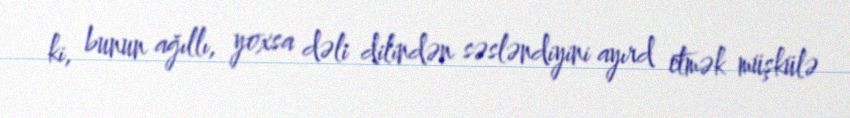
ki, bunun ağıllı, yoxsa dəli dilindən səsləndiyini ayırd etmək müşkülə